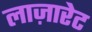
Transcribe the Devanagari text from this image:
लाज़ारेट